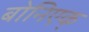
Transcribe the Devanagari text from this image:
बोनिएक्